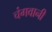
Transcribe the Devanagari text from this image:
चंगवानी